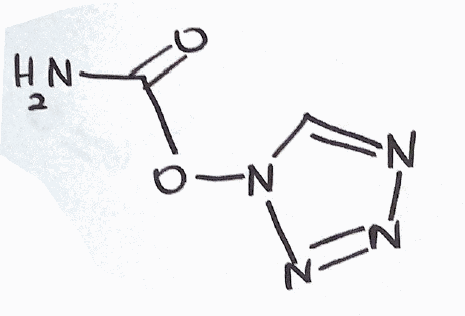
Simplified molecular-input line-entry system (SMILES) notation of the given molecule:
C1=NN=NN1OC(=O)N